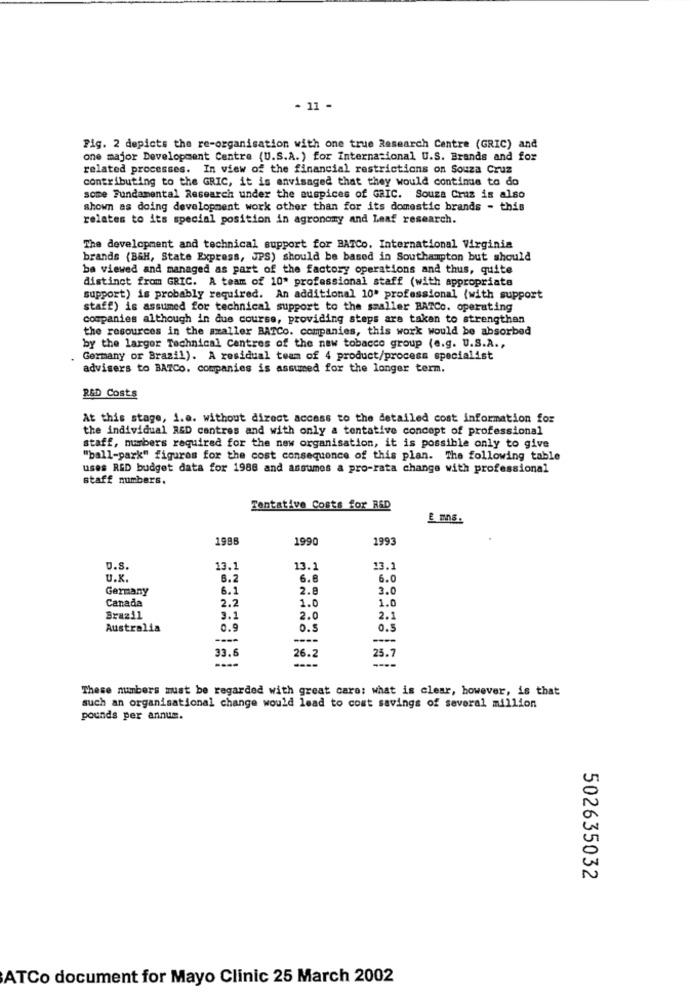
. 11 -
Fig. 2 depicts the re-organisation with one true Research Centre (GRIC) and
one major Development Centre (U.S.A.) for International U.S. Brands and for
related processes. In view of the financial restrictions on Souza Cruz
contributing to the GRIC, it is envisaged that they would continue to do
some Fundamental Research under the auspices of GRIC. Souza Cruz is also
shown as doing development work other than for its domestic brands - this
relates to its special position in agronomy and Leaf research.
The development and technical support for BATCo. International Virginia
brands (BGH, State Express, JPS) should be based in Southampton but should
be viewed and managed as part of the factory operations and thus, quite
distinct from GRIC. A team of 10* professional staff (with appropriate
support) is probably required. An additional 10' professional (with support
staff) is assumed for technical support to the smaller BATCo. operating
companies although in due course, providing steps are taken to strengthen
the resources in the smaller BATCo. companies, this work would be absorbed
by the larger Technical Centres of the new tobacco group (e.g. U.S.A .,
Germany or Brazil). A residual team of 4 product/process specialist
advisers to BATCo. companies is assumed for the longer term.
R&D Costs
At this stage, i.e. without direct access to the detailed cost information for
the individual R&D cantres and with only a tentative concept of professional
staff, numbers required for the new organisation, it is possible only to give
"ball-park" figures for the cost consequence of this plan. The following table
uses RED budget data for 1988 and assumes a pro-rata change with professional
staff numbers.
Tentative Costs for R&D
1988
1990
1993
D.S.
13.1
13.1
13.1
U.K.
6.2
6.8
6.0
Germany
6.1
2.8
3.0
Canada
2.2
1.0
1.0
Brazil
3.1
2.0
2.1
Australia
0.9
0.5
0.5
----
----
33.6
26.2
23.7
These numbers must be regarded with great care: what is clear, however, is that
such an organisational change would lead to cost savings of several million
pounds per annum.
502635032
ATCo document for Mayo Clinic 25 March 2002